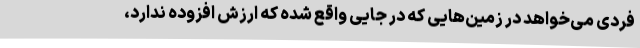
فردی می‌خواهد در زمین‌هایی که در جایی واقع شده که ارزش افزوده ندارد،